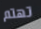
تهتم